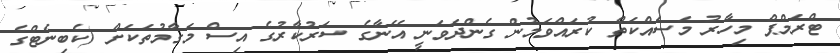
ޓްރަމްޕް މިހާރު މަސައްކަތް ކުރައްވަމުން ގެންދަވަނީ އޭނާގެ ސަރުކާރުގެ އިސް މަގާމުތަކަށް (ކެބިނެޓްގެ